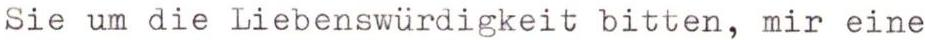
Sie um die Liebenswürdigkeit bitten, mir eine